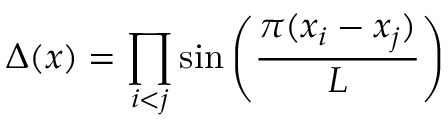
\Delta ( x ) = \prod _ { i < j } \sin \left( { \frac { \pi ( x _ { i } - x _ { j } ) } { L } } \right)